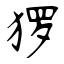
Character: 猡